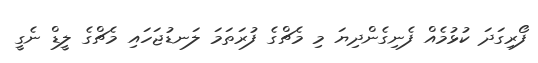
ފޯރިގަދަ ކުޅުމެއް ފެނިގެންދިޔަ މި މެޗްގެ ފުރަތަމަ ލަނޑުޖަހައި މެޗްގެ ލީޑް ނެގީ